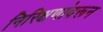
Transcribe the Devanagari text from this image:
निरिक्षणांवरून